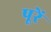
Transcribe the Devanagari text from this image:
पूरें